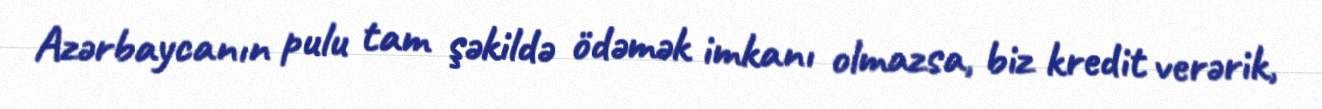
Azərbaycanın pulu tam şəkildə ödəmək imkanı olmazsa, biz kredit verərik,